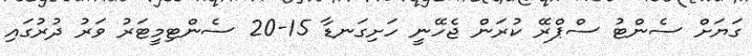
ގަޔަށް ސެންޓު ސްޕްރޭ ކުރަން ޖެހޭނީ ހަށިގަނޑާ 15-20 ސެންޓިމީޓަރު ވަރު ދުރުގައި